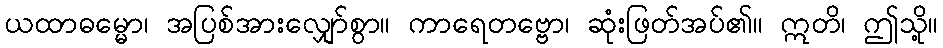
ယထာဓမ္မော၊ အပြစ်အားလျှော်စွာ။ ကာရေတဗ္ဗော၊ ဆုံးဖြတ်အပ်၏။ ဣတိ၊ ဤသို့။